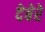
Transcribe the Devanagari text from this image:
देबेरे